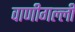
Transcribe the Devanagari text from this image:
वाणीगल्ली